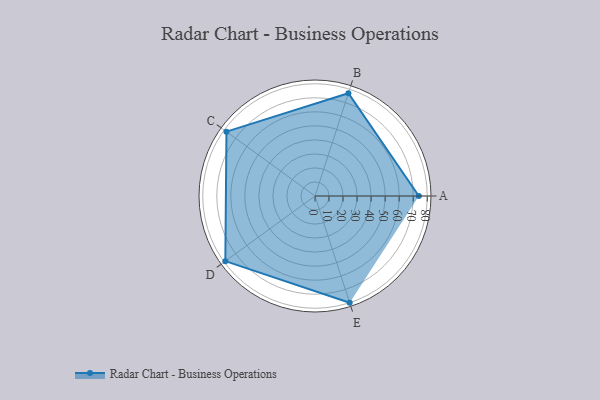
{"axis": {"x": "Skill", "y": "Score"}, "legend": ["Profile"], "data": [{"x": "A", "y": 74.0, "type": "Profile"}, {"x": "B", "y": 77.0, "type": "Profile"}, {"x": "C", "y": 78.0, "type": "Profile"}, {"x": "D", "y": 79.0, "type": "Profile"}, {"x": "E", "y": 80.0, "type": "Profile"}]}